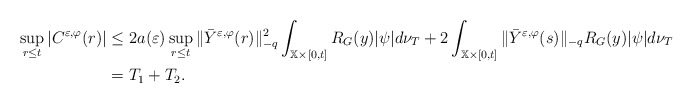
\begin{align*}\sup_{r\leq t}|C^{\varepsilon ,\varphi }(r)|& \leq 2a(\varepsilon)\sup_{r\leq t}\Vert \bar{Y}^{\varepsilon ,\varphi }(r)\Vert _{-q}^{2}\int_{\mathbb{X}\times \lbrack 0,t]}R_{G}(y)|\psi |d\nu _{T}+2\int_{\mathbb{X}\times \lbrack 0,t]}\Vert \bar{Y}^{\varepsilon ,\varphi }(s)\Vert_{-q}R_{G}(y)|\psi |d\nu _{T} \\& =T_{1}+T_{2}. \end{align*}